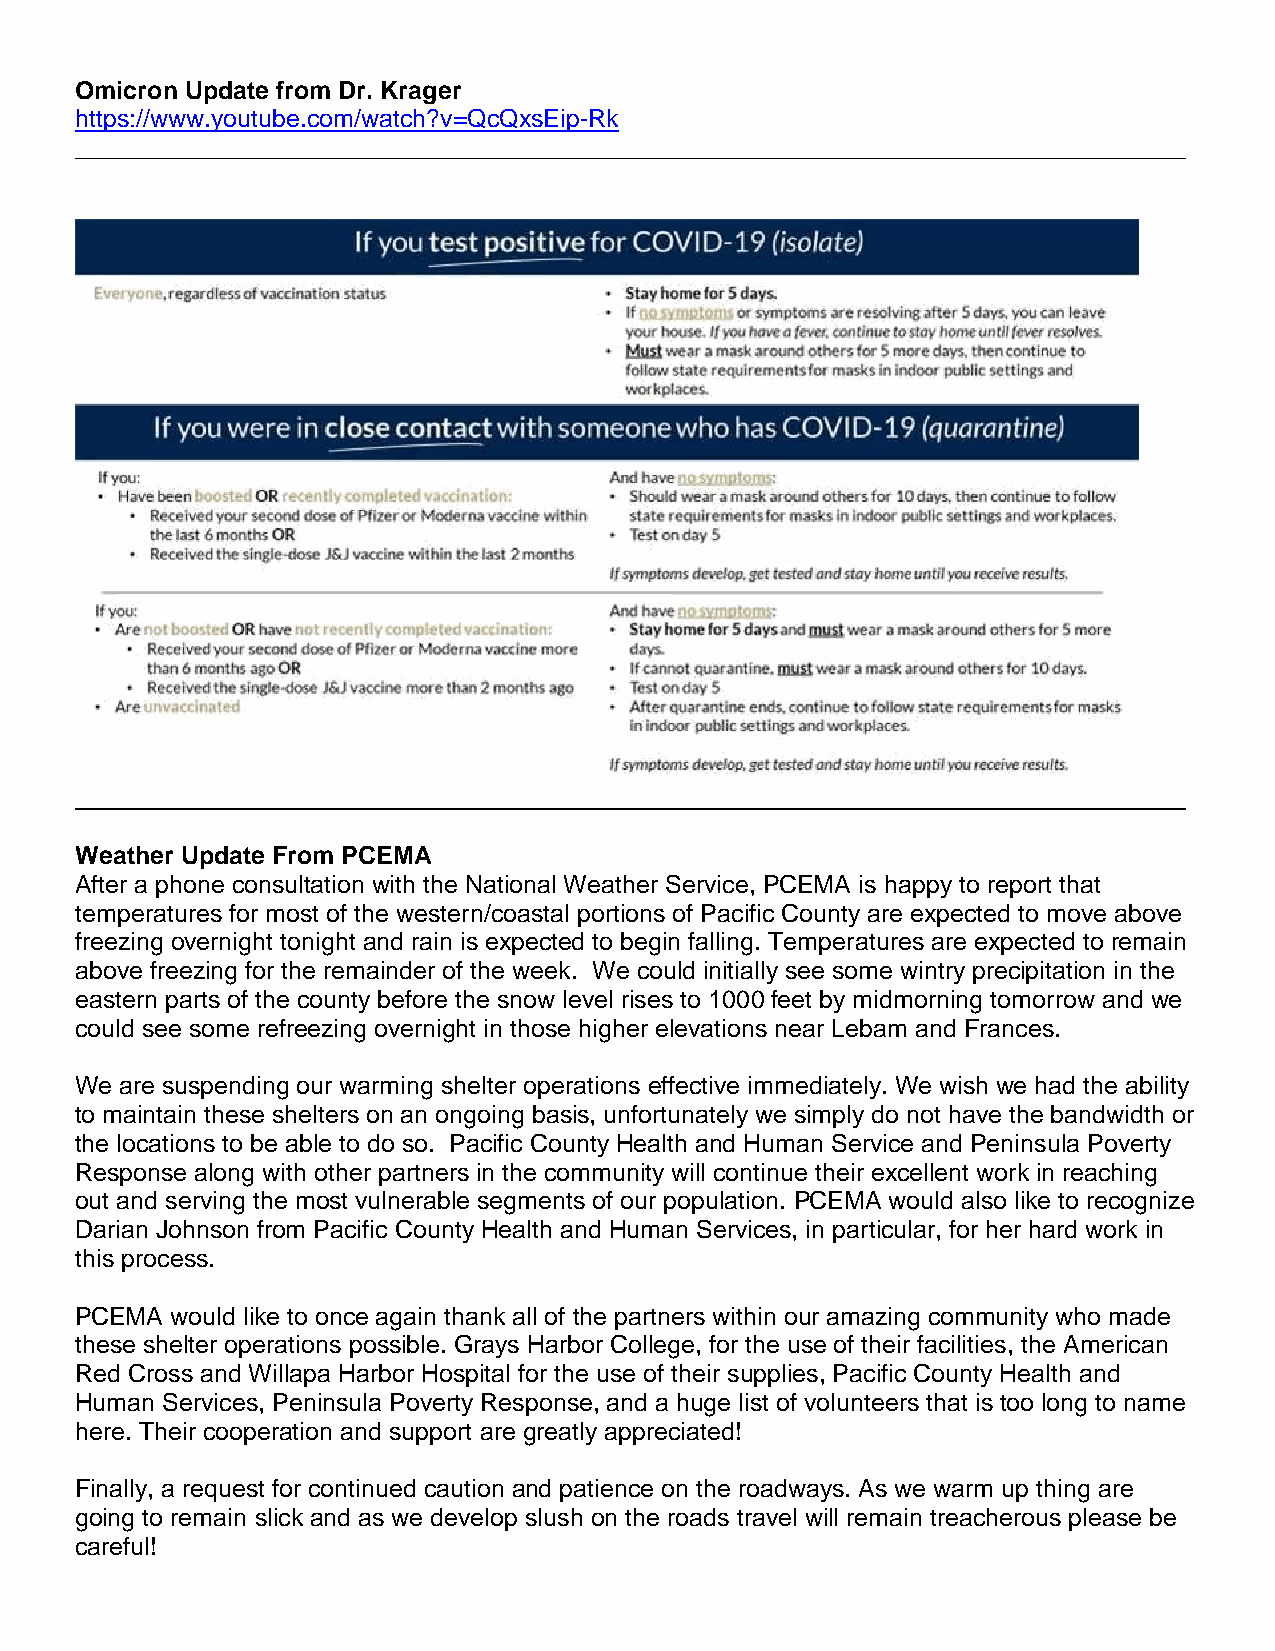
Omicron Update from Dr. Krager
 https://www.youtube.com/watch?v=QcQxsEip-Rk
 ________________________________________________________________________________
 _______________________________________________________________________
 Weather Update From PCEMA
 After a phone consultation with the National Weather Service, PCEMA is happy to report that
 temperatures for most of the western/coastal portions of Pacific County are expected to move above
 freezing overnight tonight and rain is expected to begin falling. Temperatures are expected to remain
 above freezing for the remainder of the week. We could initially see some wintry precipitation in the
 eastern parts of the county before the snow level rises to 1000 feet by midmorning tomorrow and we
 could see some refreezing overnight in those higher elevations near Lebam and Frances.
 We are suspending our warming shelter operations effective immediately. We wish we had the ability
 to maintain these shelters on an ongoing basis, unfortunately we simply do not have the bandwidth or
 the locations to be able to do so. Pacific County Health and Human Service and Peninsula Poverty
 Response along with other partners in the community will continue their excellent work in reaching
 out and serving the most vulnerable segments of our population. PCEMA would also like to recognize
 Darian Johnson from Pacific County Health and Human Services, in particular, for her hard work in
 this process.
 PCEMA would like to once again thank all of the partners within our amazing community who made
 these shelter operations possible. Grays Harbor College, for the use of their facilities, the American
 Red Cross and Willapa Harbor Hospital for the use of their supplies, Pacific County Health and
 Human Services, Peninsula Poverty Response, and a huge list of volunteers that is too long to name
 here. Their cooperation and support are greatly appreciated!
 Finally, a request for continued caution and patience on the roadways. As we warm up thing are
 going to remain slick and as we develop slush on the roads travel will remain treacherous please be
 careful!